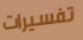
تفسيرات